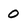
Character: 0